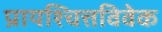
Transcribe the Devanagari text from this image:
प्रायश्चित्तविवेक